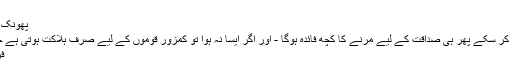
آمین ثم آمین ]
پھونک ڈالے یہ زمین و آسماں مستعار
اگر تو آپ اپنی قوم میں جاں‌پیدا کر سکے پھر ہی صداقت کے لیے مرنے کا کچھ فائدہ ہوگا - اور اگر ایسا نہ ہوا تو کمزور قوموں کے لیے صرف ہلاکت ہوتی ہے چاہے وہ جتنی بھی بہادر ہوں -
فرخ منظور, ‏اپریل 10, 2008